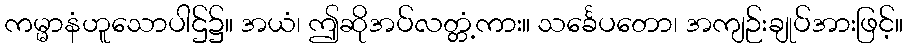
ကမ္မာနံဟူသောပါဌ်၌။ အယံ၊ ဤဆိုအပ်လတ္တံ့ကား။ သင်္ခေပတော၊ အကျဉ်းချုပ်အားဖြင့်။